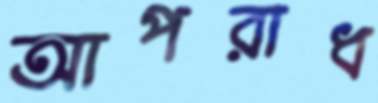
আপরাধ